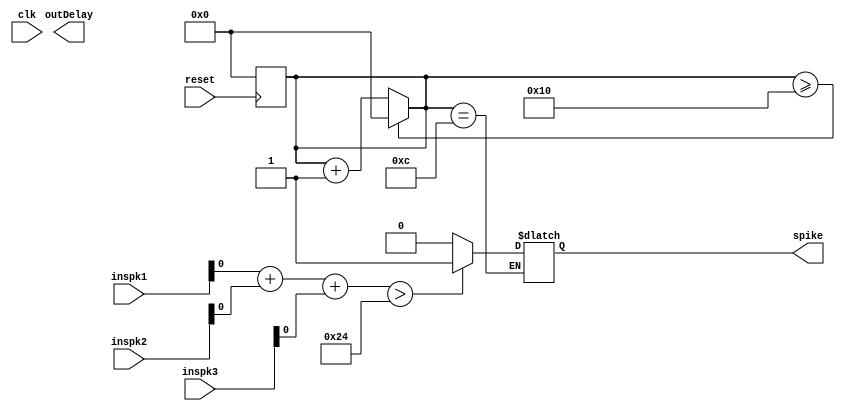
module neuron3 #(parameter DELAY = 12)(
	input [15:0] inspk1,
	input [15:0] inspk2,
	input [15:0] inspk3,
	input clk,
	input reset,
	output reg spike,
	output [3:0] outDelay
	);

	
	reg addStore;
	integer i;
	reg spikeReg;
	reg [3:0] cnt;
	
	always@(negedge reset)	//reset
	begin
		cnt <= 0;
	end

	always@(clk)	//count
	begin
		cnt <= cnt + 1;
		if(cnt >= 16)
			cnt <= 0;
	end

	always@(*)	//adder
	begin
		addStore <= inspk1 + inspk2 + inspk3;
	end


	always@(*)	//comparator
	begin
		if(addStore > 36)
			spikeReg <= 1;
		else
			spikeReg <= 0;
	end

	always@(*)	//spike output
	begin
		if(cnt == DELAY)
			spike <= spikeReg;
	end





endmodule